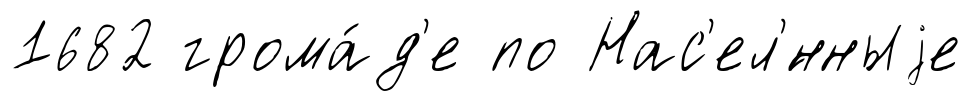
1682 грома́д'е по Нас'ел'́нныjе